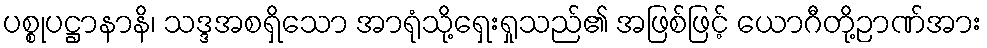
ပစ္စုပဋ္ဌာနာနိ၊ သဒ္ဒအစရှိသော အာရုံသို့ရှေးရှုသည်၏ အဖြစ်ဖြင့် ယောဂီတို့ဉာဏ်အား